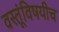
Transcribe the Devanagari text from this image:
वस्तूंविषयीच